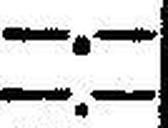
—.—